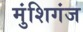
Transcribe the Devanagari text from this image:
मुंशिगंज